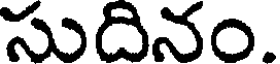
సుదినం.